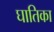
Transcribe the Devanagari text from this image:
घातिका